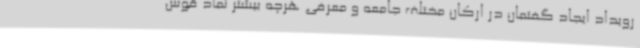
رویداد ایجاد گفتمان در ارکان مختلف جامعه و معرفی هرچه بیشتر نماد قوس